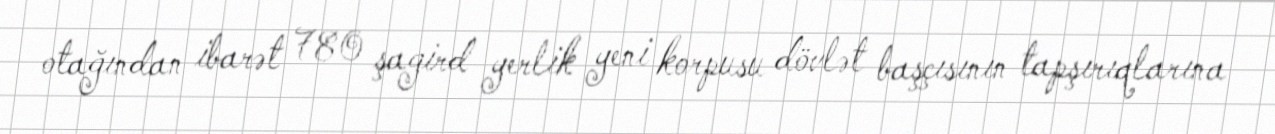
otağından ibarət 780 şagird yerlik yeni korpusu dövlət başçısının tapşırıqlarına